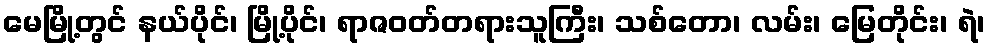
မေမြို့တွင် နယ်ပိုင်၊ မြို့ပိုင်၊ ရာဇဝတ်တရားသူကြီး၊ သစ်တော၊ လမ်း၊ မြေတိုင်း၊ ရဲ၊